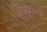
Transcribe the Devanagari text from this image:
वैदिकदर्शन